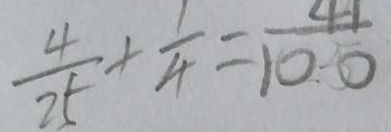
\frac { 4 } { 2 5 } + \frac { 1 } { 4 } = \frac { 4 1 } { 1 0 0 }